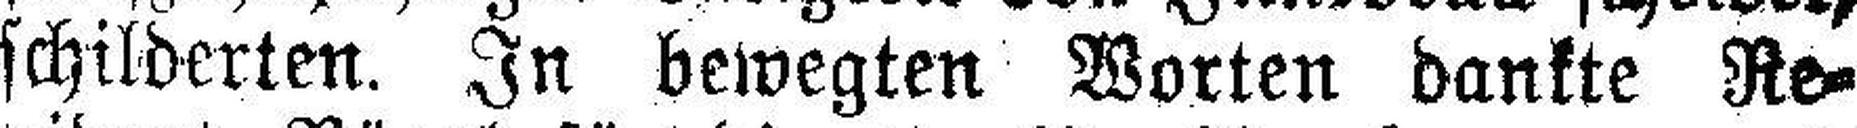
schilderten. In bewegten Worten dankte Re¬